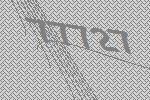
77727